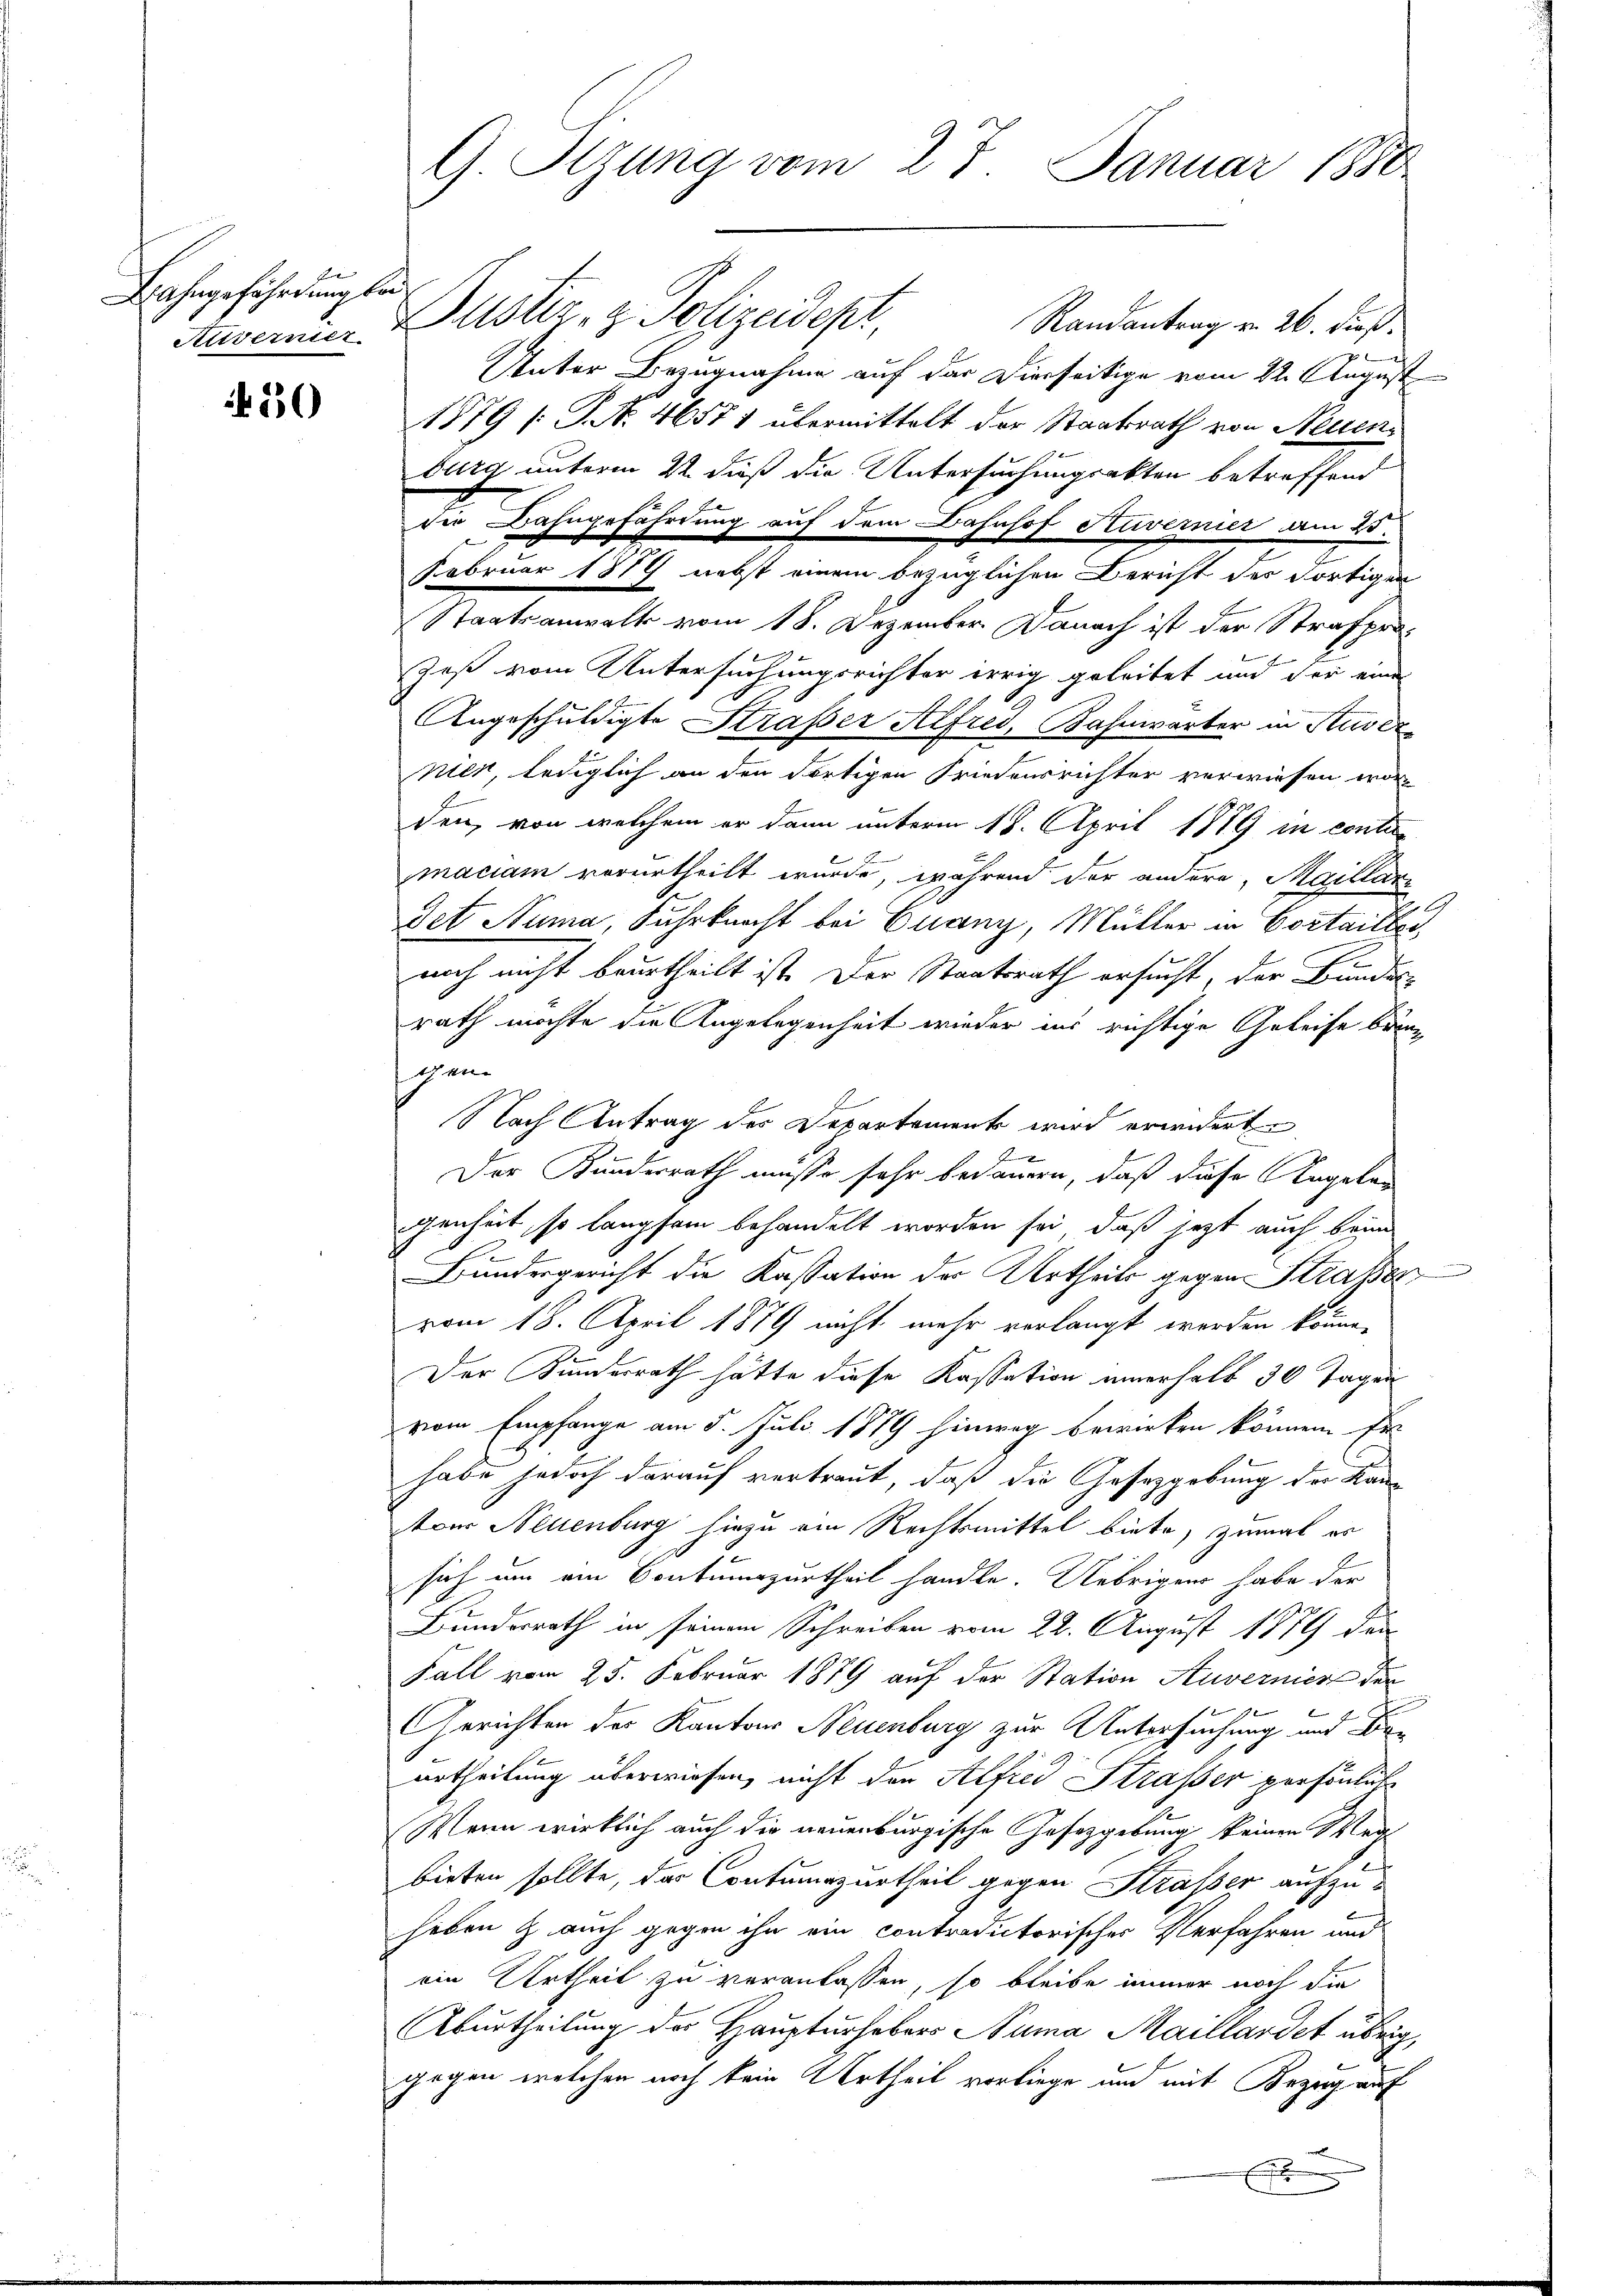
Lahngefährdung bei.

50

Randantrag v. 26. dieß.
Aasernier Justiz- & Polizeidept,
7
e
Unter Bezugnahme auf der Dierseitige vom 22. August
1879 (: P. N. 46571 übermittelt der Staatsrath von Neuenburg unterm 22. daß die Untersuchungsakten betreffend
die Bahngefährdung auf dem Bahnhof Nuvernier am 25.
Februar 1879 nebst einem bezüglichen Bericht des dortigen
Staatsanwalt vom 18. Dezember. Danach ist der Strafpro¬
Zeß vom Untersuchungsrichter irrig geleitet und der eine
Angeschuldigte Straßer Alfred, Kahnwärter in Kuver
nier, lediglich an den dortigen Friedensrichter verwiesen worden, von welchem er dann unterm 18. April 1879 in contire
maciam verurtheilt wurde, während der andere, Maillari
Bet Numa, Fuhrknecht bei Quany, Müller in Costailler,
noch nicht beurtheilt ist. Der Staatsrath ersucht, der Bundes-
rath möchte die Angelegenheit wieder ins richtige Geleise brinschen
Nach Antrag des Departement wird erwidert
Jennen
Der Kunderrath müsse sehr bedauern, daß diese Angele
genheit, so langsam behandelt worden sei, daß jetzt auch brin
Bundergericht die Kassation der Urtheils gegen Straßen
vom 18. April 1879 nicht mehr verlangt werden könne,
Der Bunderrath hätte diese Kassation einerhalb 30 Tagen
vom Empfange am 5. Juli 1879 hinweg bewirken können. Ei
habe jedoch darauf vertraut, daß die Gesetzgebung der Kantour Neuenburg hiezu ein Rechtsmittel biete, zumal er
sich um ein Contumazurtheil handle. Uebrigen habe der
Bundesrath in seinem Schreiben vom 22. August 1879 den
Fall vom 25. Februar 1879 auf der Station Auvernien der
Gerichten des Kantons Neuenburg zur Untersuchung und Deurtheilung überwiesen, nicht den Alfred Strasser persönlich
Wenn wirklich auch die neuenburgische Gesetzgebung keinen Wegbieten sollte, der Contumazurtheil gegen Strasser aufzuheben & auch gegen ihn ein contradictorischer Verfahren und
ein Urtheil zu veranlassen, so bleibe immer noch die
Aburtheilung des Haupturhebers Numa Maillardet übrig
gegen welchen noch kein Urtheil vorliege und mit Bezug auf

G Sizung vom 27. Januar 1850